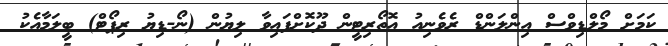
ކަމަށް މޯލްޑިވްސް އިންލަންޑް ރެވެނިއު އޮތޯރިޓީން ދޫކޮށްފައިވާ ލިޔުން (ނޯ-ޑިޔު ރިޕޯޓް) ބީލަމާއެކު